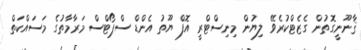
ޤާނޫނީގޮތުން ގެޒެޓްކުރެވޭ ލިޔުން މިނިސްޓްރީ އޮފް ޔޫތު އެންޑް ސްޕޯޓްސް މަރާމާތުގެ މަސައްކަތް